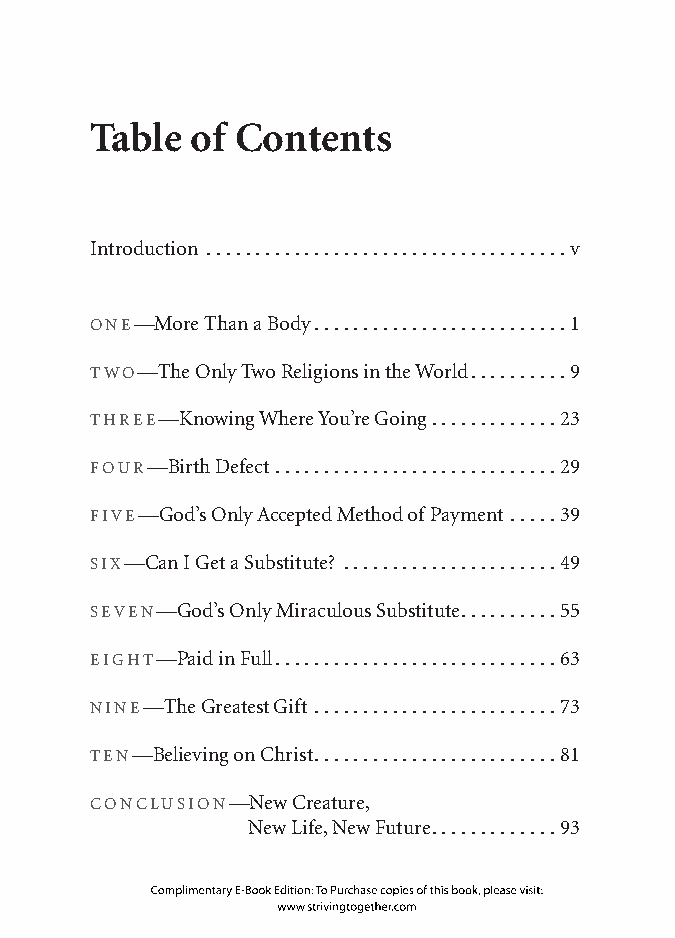
Table  of Contents
 Introduction .....................................v
 One—More Than a Body ..........................1
 twO—The Only Two Religions in the World ..........9
 three—Knowing Where You’re Going .............23
 fOur—Birth Defect .............................29
 five—God’s Only Accepted Method of Payment .....39
 six—Can I Get a Substitute? ......................49
 seven—God’s Only Miraculous Substitute ..........55
 eight—Paid in Full .............................63
 nine—The Greatest Gift .........................73
 ten—Believing on Christ .........................81
 COnClusiOn—New Creature,
 New Life, New Future .............93
 Complimentary E-Book Edition: To Purchase copies of this book, please visit:
 www.strivingtogether.com